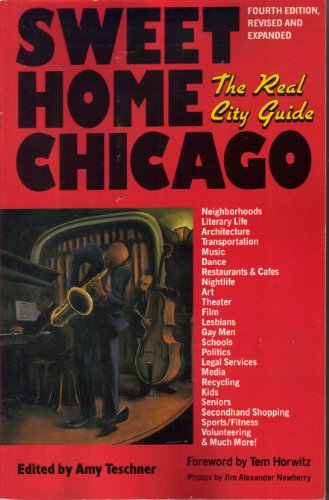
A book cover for Sweet Home Chicago: The Real City Guide; Travel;